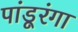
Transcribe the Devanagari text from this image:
पांडूरंगा